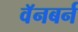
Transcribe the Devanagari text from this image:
वॅनबर्न